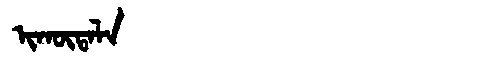
Manchu: ᡳᡴᡡᡨᠠᠯᠠ
Romanization: IKŪTALA